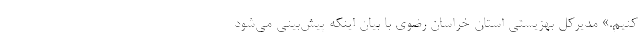
کنیم.» مدیرکل بهزیستی استان خراسان رضوی با بیان اینکه پیش‌بینی می‌شود